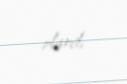
olardı.